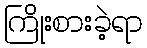
ကြိုးစားခဲ့ရာ